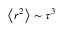
\left\langle { r ^ { 2 } } \right\rangle \sim \tau ^ { 3 }